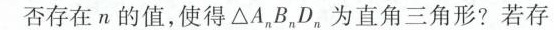
否存在n的值，使得△A，B，D，为直角三角形?若存